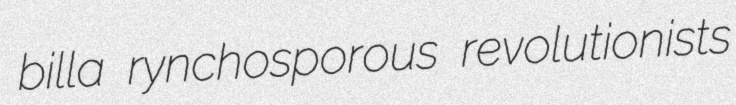
billa rynchosporous revolutionists